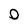
Character: 0